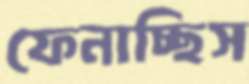
ফেনাচ্ছিস